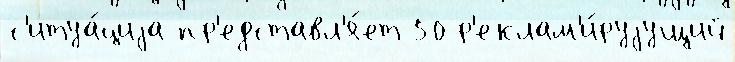
с'итуа́циjа пр'едставл'я́ет 50 р'еклам'и́руjущий